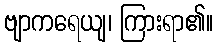
ဗျာကရေယျ၊ ကြားရာ၏။